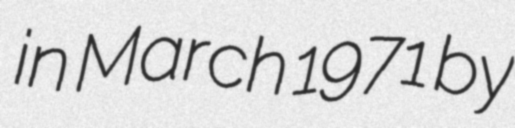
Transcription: in March 1971 by